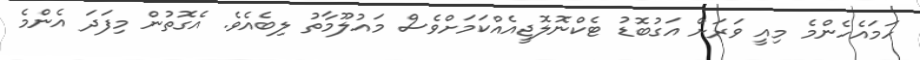
ހަމައެހެންމެ މިއީ ވަރަށް އަގުބޮޑު ޓެކްނޮލޮޖީއެއްކަމަށްވެސް މައުލޫމާތު ލިބެއެވެ. އެގޮތުން މިފަދަ އެންމެ